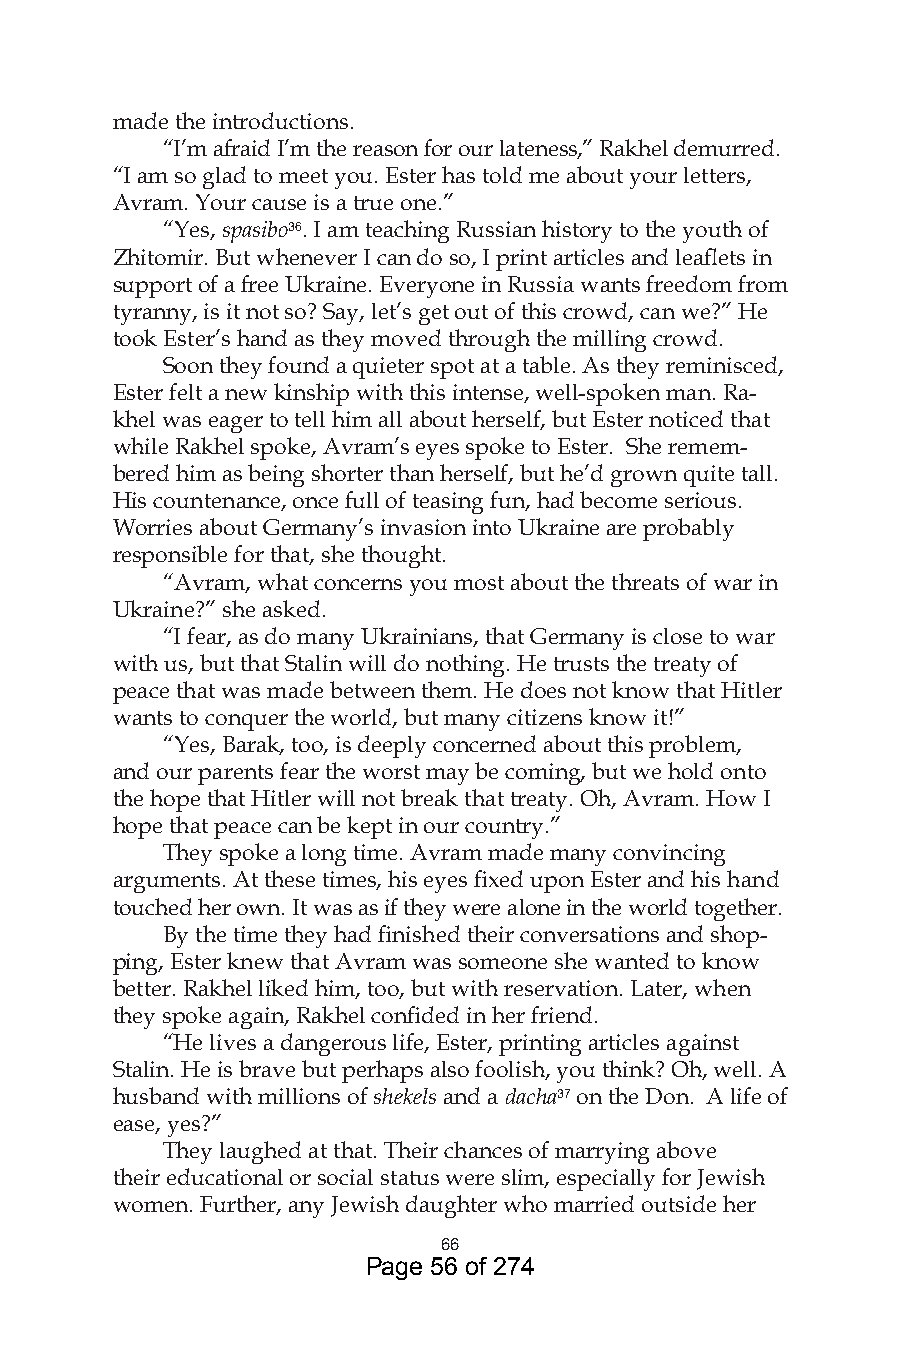
made the introductions.
 “I’m afraid I’m the reason for our lateness,” Rakhel demurred.
 “I am so glad to meet you. Ester has told me about your letters,
 Avram. Your cause is a true one.”
 “Yes, spasibo6. I am teaching Russian history to the youth of
 Zhitomir. But whenever I can do so, I print articles and leaflets in
 support of a free Ukraine. Everyone in Russia wants freedom from
 tyranny, is it not so? Say, let’s get out of this crowd, can we?” He
 took Ester’s hand as they moved through the milling crowd.
 Soon they found a quieter spot at a table. As they reminisced,
 Ester felt a new kinship with this intense, well-spoken man. Ra-
 khel was eager to tell him all about herself, but Ester noticed that
 while Rakhel spoke, Avram’s eyes spoke to Ester. She remem-
 bered him as being shorter than herself, but he’d grown quite tall.
 His countenance, once full of teasing fun, had become serious.
 Worries about Germany’s invasion into Ukraine are probably
 responsible for that, she thought.
 “Avram, what concerns you most about the threats of war in
 Ukraine?” she asked.
 “I fear, as do many Ukrainians, that Germany is close to war
 with us, but that Stalin will do nothing. He trusts the treaty of
 peace that was made between them. He does not know that Hitler
 wants to conquer the world, but many citizens know it!”
 “Yes, Barak, too, is deeply concerned about this problem,
 and our parents fear the worst may be coming, but we hold onto
 the hope that Hitler will not break that treaty. Oh, Avram. How I
 hope that peace can be kept in our country.”
 They spoke a long time. Avram made many convincing
 arguments. At these times, his eyes fixed upon Ester and his hand
 touched her own. It was as if they were alone in the world together.
 By the time they had finished their conversations and shop-
 ping, Ester knew that Avram was someone she wanted to know
 better. Rakhel liked him, too, but with reservation. Later, when
 they spoke again, Rakhel confided in her friend.
 “He lives a dangerous life, Ester, printing articles against
 Stalin. He is brave but perhaps also foolish, you think? Oh, well. A
 husband with millions of shekels and a dacha7 on the Don. A life of
 ease, yes?”
 They laughed at that. Their chances of marrying above
 their educational or social status were slim, especially for Jewish
 women. Further, any Jewish daughter who married outside her
 66
 Page 56 of 274